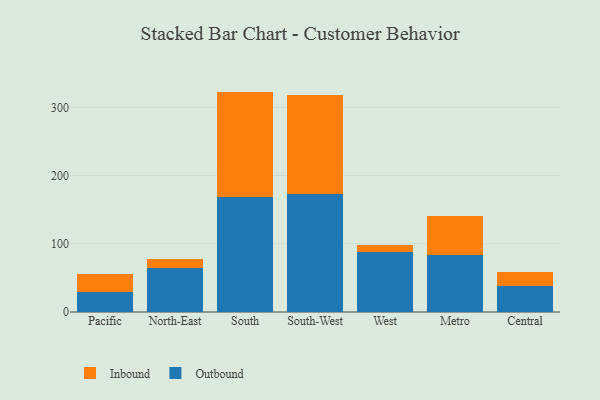
{"axis": {"x": "Region", "y": "Humidity (%)"}, "legend": ["Inbound", "Outbound"], "data": [{"x": "Pacific", "y": 28.7, "type": "Outbound"}, {"x": "Pacific", "y": 26.8, "type": "Inbound"}, {"x": "North-East", "y": 65.2, "type": "Outbound"}, {"x": "North-East", "y": 12.2, "type": "Inbound"}, {"x": "South", "y": 168.5, "type": "Outbound"}, {"x": "South", "y": 154.6, "type": "Inbound"}, {"x": "South-West", "y": 172.9, "type": "Outbound"}, {"x": "South-West", "y": 145.0, "type": "Inbound"}, {"x": "West", "y": 88.5, "type": "Outbound"}, {"x": "West", "y": 10.1, "type": "Inbound"}, {"x": "Metro", "y": 83.4, "type": "Outbound"}, {"x": "Metro", "y": 57.1, "type": "Inbound"}, {"x": "Central", "y": 37.6, "type": "Outbound"}, {"x": "Central", "y": 21.3, "type": "Inbound"}]}